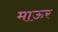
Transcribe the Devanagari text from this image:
माऊर